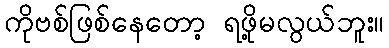
ကိုဗစ်ဖြစ်နေတော့ ရဖို့မလွယ်ဘူး။